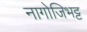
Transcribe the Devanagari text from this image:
नागोजिभट्ट